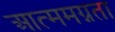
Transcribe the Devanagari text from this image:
आत्ममग्नता